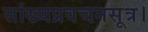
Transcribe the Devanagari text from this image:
सांख्यप्रवचनसूत्र।